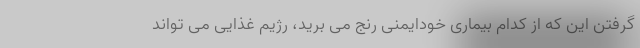
گرفتن این که از کدام بیماری خودایمنی رنج می برید، رژیم غذایی می تواند